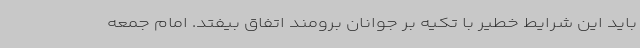
باید این شرایط خطیر با تکیه بر جوانان برومند اتفاق بیفتد. امام جمعه